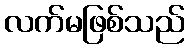
လက်မဖြစ်သည်